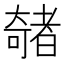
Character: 𫯽